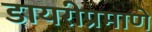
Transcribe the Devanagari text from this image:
डायरीप्रमाणे